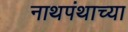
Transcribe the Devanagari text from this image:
नाथपंथाच्या